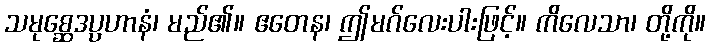
သမုစ္ဆေဒပ္ပဟာနံ၊ မည်၏။ ဧတေန၊ ဤမဂ်လေးပါးဖြင့်။ ကိလေသာ၊ တို့ကို။